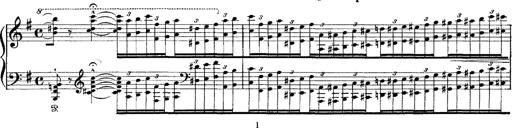
Title: Tarantelle di bravura dâ€™aprÃ¨s la tarantelle de La muette de Portici
Composer: Franz Liszt